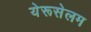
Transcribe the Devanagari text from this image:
येरूसेलम